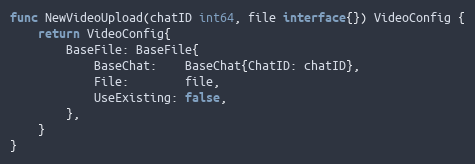
Language: Go
func NewVideoUpload(chatID int64, file interface{}) VideoConfig {
	return VideoConfig{
		BaseFile: BaseFile{
			BaseChat:    BaseChat{ChatID: chatID},
			File:        file,
			UseExisting: false,
		},
	}
}